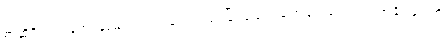
စာဆိုရှိသည် မောင်နှမများက ဝင်ရောက်ယှဉ်ပြိုင်ခဲ့ခြင်း ချက်ပြုတ်ပေးသည် အချိန်များကို